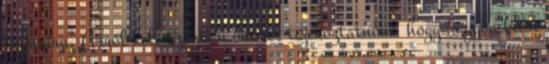
számára. Arról kell azonban önöket tájékoztatnom, hogy nagyon kicsi